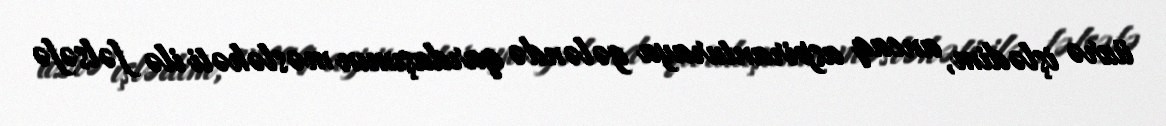
üzrə işlədim, ancaq aspiranturaya gələndə qardaşımın məsləhəti ilə fəlsəfə